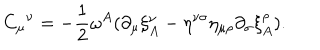
{ C _ { \mu } } ^ { \nu } = - \frac 1 2 \omega ^ { A } ( \partial _ { \mu } \xi _ { A } ^ { \nu } - \eta ^ { \nu \sigma } \eta _ { \mu \rho } \partial _ { \sigma } \xi _ { A } ^ { \rho } ) .